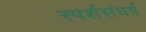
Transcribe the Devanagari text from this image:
स्पर्शसंघर्ष